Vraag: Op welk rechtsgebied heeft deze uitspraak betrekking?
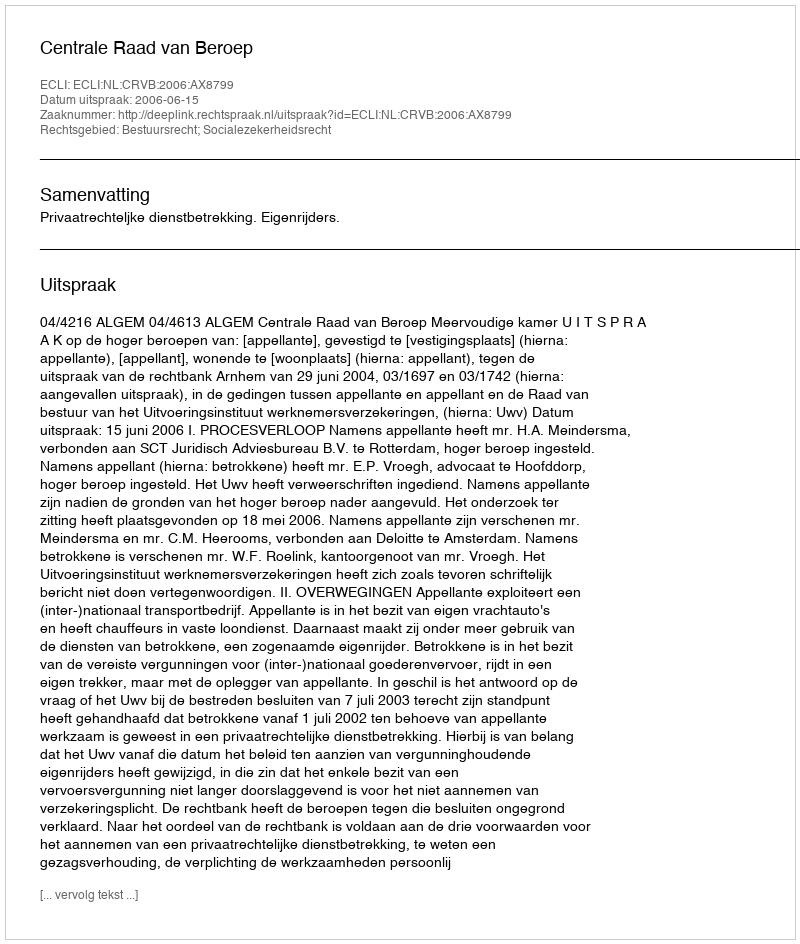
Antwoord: Bestuursrecht; Socialezekerheidsrecht